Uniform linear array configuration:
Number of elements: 4
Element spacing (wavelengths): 0.25
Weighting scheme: hamming
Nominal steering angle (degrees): -60
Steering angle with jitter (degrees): -59.947
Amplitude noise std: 0.05
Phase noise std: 0.05

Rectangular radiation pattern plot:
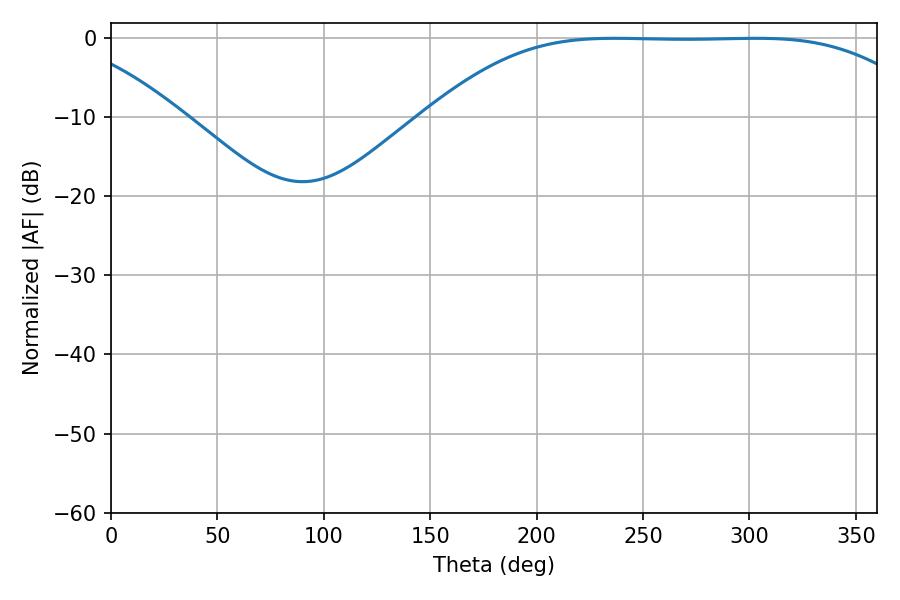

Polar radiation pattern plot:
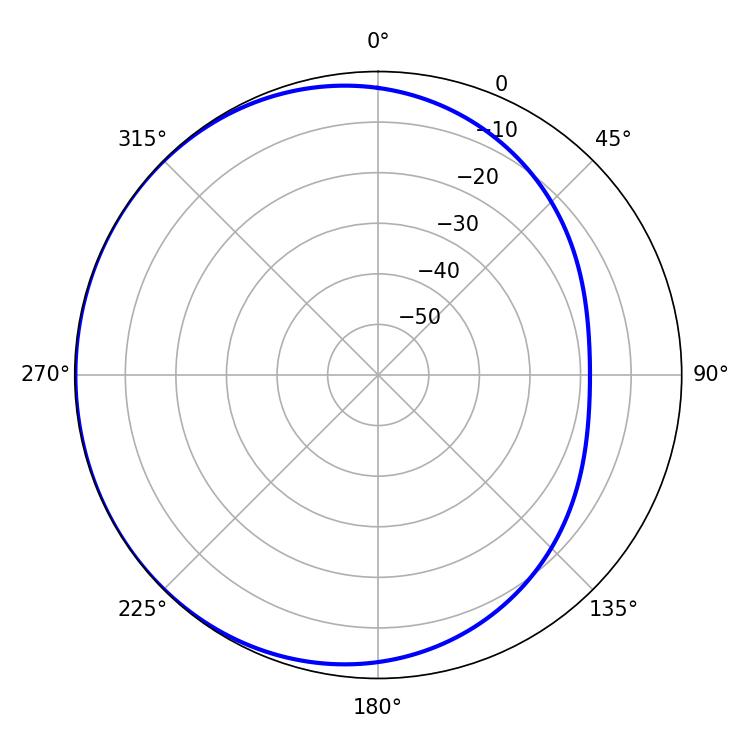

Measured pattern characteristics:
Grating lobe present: FALSE
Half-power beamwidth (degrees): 176.4
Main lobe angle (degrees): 236.7